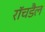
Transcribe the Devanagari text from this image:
रॉचडैल